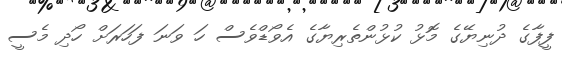
ފީފާގެ ދުނިޔޭގެ މޮޅު ކުޅުންތެރިޔާގެ އެވޯޑްވެސް ހަ ވަނަ ފަހަރަށް ހޯދި މެސީ